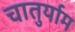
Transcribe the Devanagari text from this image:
चातुर्याम